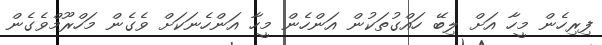
ފިރިހެން މީހާ އަށް ލިބޭ ހައްގުތަކުން އަންހެން މީހާ އަންހެނަކަށް ވެގެން މަހްރޫމްވެގެން